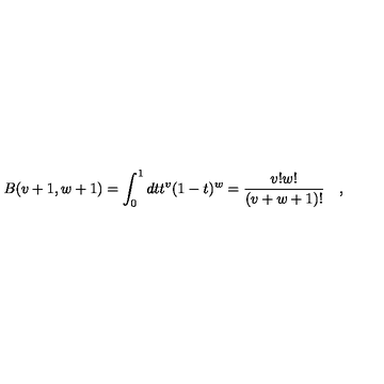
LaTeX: B ( v + 1 , w + 1 ) = \int _ { 0 } ^ { 1 } d t t ^ { v } ( 1 - t ) ^ { w } = { \frac { v ! w ! } { ( v + w + 1 ) ! } } \quad ,